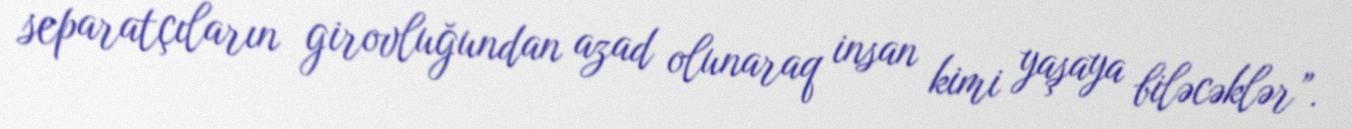
separatçıların girovluğundan azad olunaraq insan kimi yaşaya biləcəklər”.